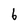
Character: 6